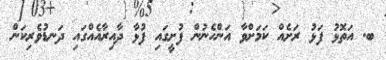
ބ. އަތޮޅު ފަޅު ރަށެއް ކަމަށްވާ އަންހެނުން ފުށީގައި ފުޅާ ދާއިރާއެއްގައި ދަނޑުވެރިކަން